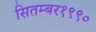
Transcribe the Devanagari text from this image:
सितम्बर१९९०